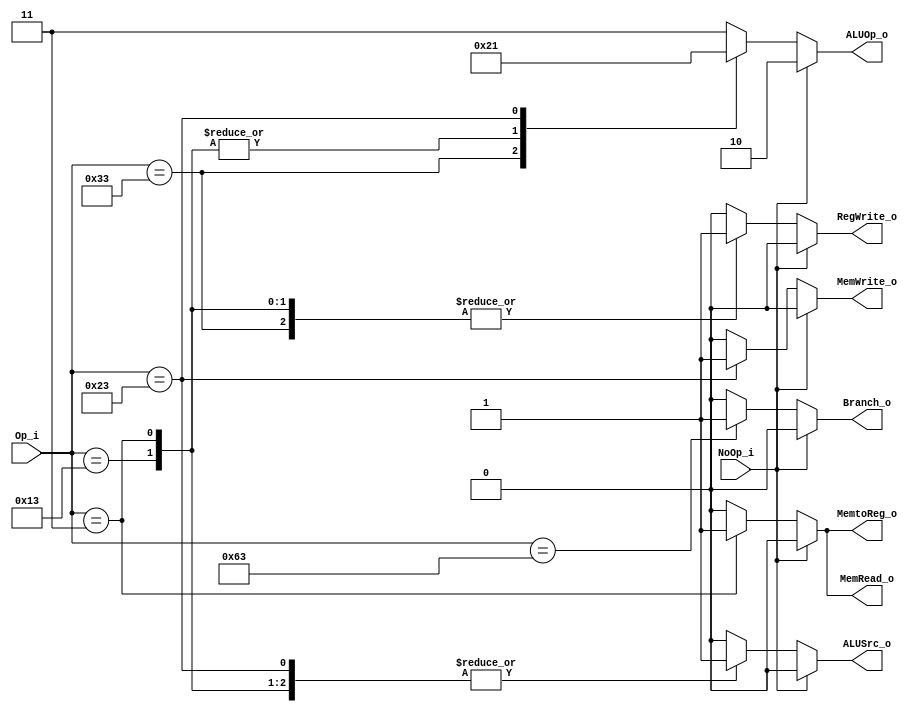
`define R_Type  2'b10
`define I_Type  2'b00
`define S_Type  2'b01
`define SB_Type 2'b11
`define R       7'b0110011
`define I_Imm   7'b0010011
`define I_lw    7'b0000011
`define S       7'b0100011
`define SB      7'b1100011

module Control(
	Op_i,		
	NoOp_i,
	RegWrite_o,
	MemtoReg_o,
	MemRead_o,
	MemWrite_o,
	ALUOp_o,	
	ALUSrc_o,
	Branch_o
);

//Ports
input   [6:0]   Op_i;	
input           NoOp_i;
output  [1:0]   ALUOp_o;
output RegWrite_o, MemtoReg_o, MemRead_o, MemWrite_o, ALUSrc_o, Branch_o;

reg     [1:0]   ALUOp_o;
reg RegWrite_o, MemtoReg_o, MemRead_o, MemWrite_o, ALUSrc_o, Branch_o;

always @(*) begin
	if (NoOp_i) begin
		RegWrite_o	= 1'b0;
		MemtoReg_o	= 1'b0;
		MemRead_o	= 1'b0;
		MemWrite_o	= 1'b0;
		ALUOp_o		= `R_Type;
		ALUSrc_o	= 1'b0;
		Branch_o	= 1'b0;
	end
	else begin
		case(Op_i)
			`R: begin
				RegWrite_o	= 1'b1;
				MemtoReg_o	= 1'b0;
				MemRead_o	= 1'b0;
				MemWrite_o	= 1'b0;
				ALUOp_o		= `R_Type;
				ALUSrc_o	= 1'b0;
				Branch_o	= 1'b0;
			end

			`I_Imm: begin
				RegWrite_o	= 1'b1;
				MemtoReg_o	= 1'b0;
				MemRead_o	= 1'b0;
				MemWrite_o	= 1'b0;
				ALUOp_o		= `I_Type;
				ALUSrc_o	= 1'b1;
				Branch_o	= 1'b0;
			end
 
			`I_lw: begin
				RegWrite_o	= 1'b1;
				MemtoReg_o	= 1'b1;
				MemRead_o	= 1'b1;
				MemWrite_o	= 1'b0;
				ALUOp_o		= `I_Type;
				ALUSrc_o	= 1'b1;
				Branch_o	= 1'b0;
			end

			`S: begin
				RegWrite_o	= 1'b0;
				MemtoReg_o	= 1'b0;
				MemRead_o	= 1'b0;
				MemWrite_o	= 1'b1;
				ALUOp_o		= `S_Type;
				ALUSrc_o	= 1'b1;
				Branch_o	= 1'b0;
			end

			`SB: begin
				RegWrite_o	= 1'b0;
				MemtoReg_o	= 1'b0;
				MemRead_o	= 1'b0;
				MemWrite_o	= 1'b0;
				ALUOp_o		= `SB_Type;
				ALUSrc_o	= 1'b0;
				Branch_o	= 1'b1;
			end

			default: begin
				RegWrite_o	= 1'b0;
				MemtoReg_o	= 1'b0;
				MemRead_o	= 1'b0;
				MemWrite_o	= 1'b0;
				ALUOp_o		= `SB_Type;
				ALUSrc_o	= 1'b0;
				Branch_o	= 1'b0;
			end
		endcase	
	end
end


endmodule